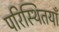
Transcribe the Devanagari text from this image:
परिस्थितयाँ